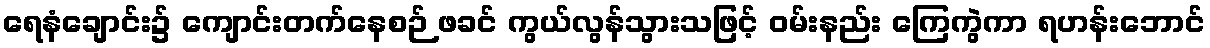
ရေနံချောင်း၌ ကျောင်းတက်နေစဉ် ဖခင် ကွယ်လွန်သွားသဖြင့် ဝမ်းနည်း ကြေကွဲကာ ရဟန်းဘောင်